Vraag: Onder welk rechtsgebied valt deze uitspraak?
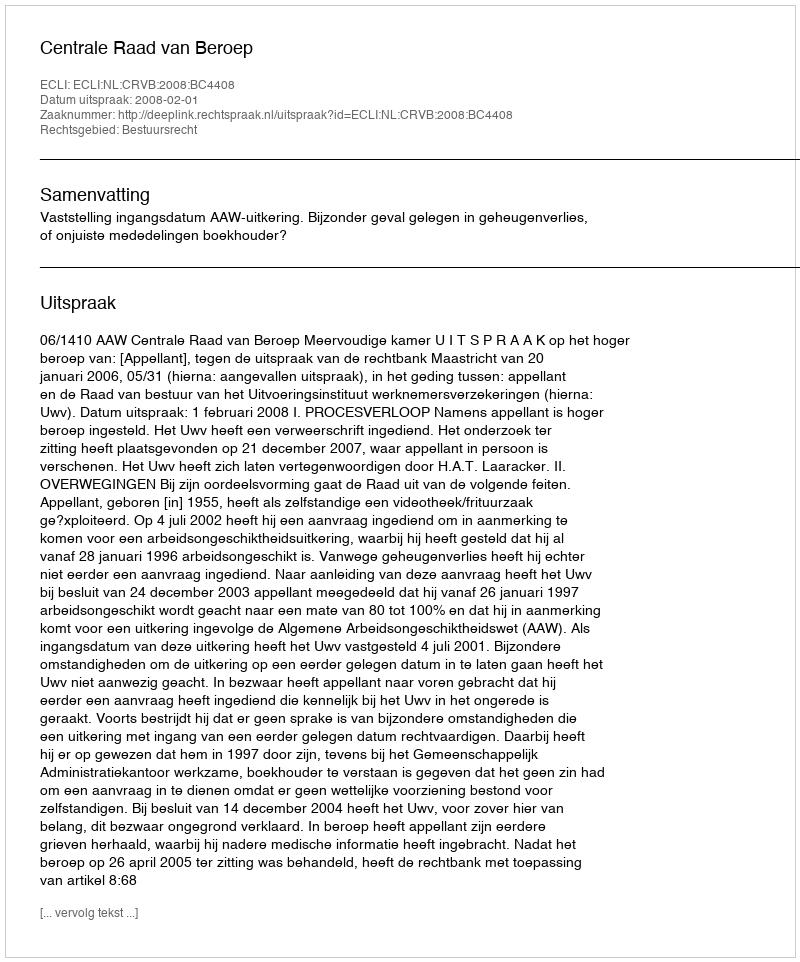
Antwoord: Bestuursrecht